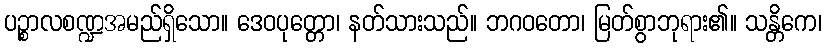
ပဉ္စာလစဏ္ဍအမည်ရှိသော။ ဒေဝပုတ္တော၊ နတ်သားသည်။ ဘဂဝတော၊ မြတ်စွာဘုရား၏။ သန္တိကေ၊